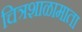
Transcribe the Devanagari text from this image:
चित्रशाळामाता